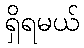
ရှိရမယ်